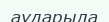
аударыла